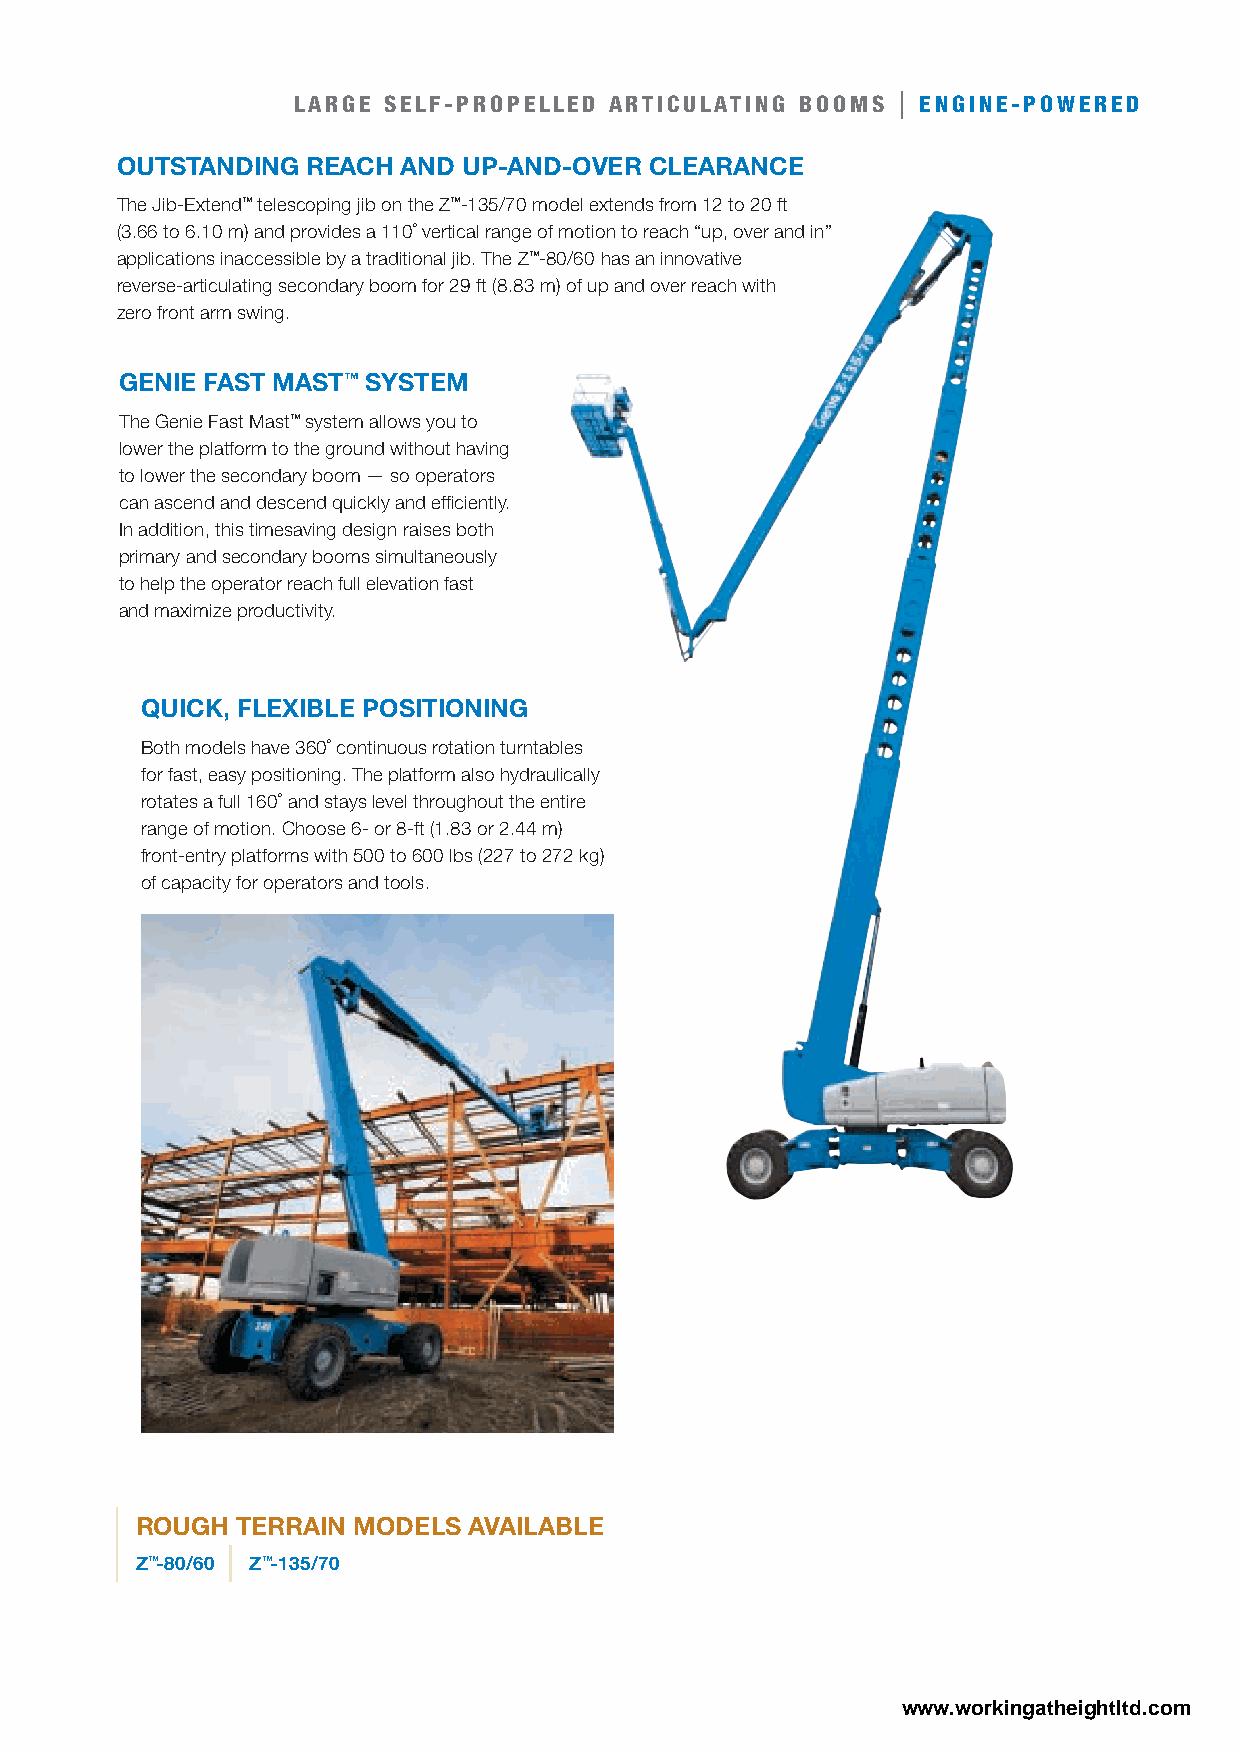
LARGE SELF-PROPELLED ARTICULATING BOOMS | ENGINE-POWERED
 outStanding reach  and uP-and-over clearance
 The Jib-Extend™ telescoping jib on the Z™-135/70 model extends from 12 to 20 ft
 (3.66 to 6.10 m) and provides a 110˚ vertical range of motion to reach “up, over and in”
 applications inaccessible by a traditional jib. The Z™-80/60 has an innovative
 reverse-articulating secondary boom for 29 ft (8.83 m) of up and over reach with
 zero front arm swing.
 genie faSt MaSt™ SySteM
 The Genie Fast Mast™ system allows you to
 lower the platform to the ground without having
 to lower the secondary boom — so operators
 can ascend and descend quickly and efficiently.
 In addition, this timesaving design raises both
 primary and secondary booms simultaneously
 to help the operator reach full elevation fast
 and maximize productivity.
 Quick, flexible PoSitioning
 Both models have 360˚ continuous rotation turntables
 for fast, easy positioning. The platform also hydraulically
 rotates a full 160˚ and stays level throughout the entire
 range of motion. Choose 6- or 8-ft (1.83 or 2.44 m)
 front-entry platforms with 500 to 600 lbs (227 to 272 kg)
 of capacity for operators and tools.
 rough  terrain ModelS available
 Z™-80/60 Z™-135/70
 www.workingatheightltd.com